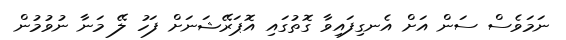
ނަމަވެސް ސަން އަށް އެނގިފައިވާ ގޮތުގައި އޮޕަރޭޝަނަށް ފަހު ލޭ މަނާ ނުވުމުން